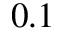
0 . 1